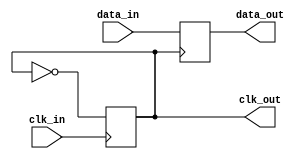
module pll_synchronizer (
    input wire clk_in,          // Incoming clock signal
    input wire data_in,         // Incoming data signal
    output reg data_out,        // Synchronized output data
    output reg clk_out          // Output clock signal
);

    // Parameters for the PLL
    parameter integer VCO_MAX_FREQ = 100; // Max frequency for VCO
    parameter integer VCO_MIN_FREQ = 10;   // Min frequency for VCO
    parameter integer LOOP_FILTER_GAIN = 1; // Gain for loop filter

    // Internal signals
    reg [7:0] phase_error;        // Phase error signal
    reg [7:0] control_voltage;     // Control voltage for VCO
    reg [7:0] vco_frequency;       // VCO frequency
    reg [7:0] sample_counter;      // Counter for sampling data
    reg [7:0] clk_divider;         // Clock divider

    // Phase Detector (PD)
    always @(posedge clk_in) begin
        // Simple phase detection logic
        if (data_in) begin
            phase_error <= phase_error + 1; // Increment error if data is high
        end else begin
            phase_error <= phase_error - 1; // Decrement error if data is low
        end
    end

    // Loop Filter (LF)
    always @(posedge clk_in) begin
        control_voltage <= control_voltage + (phase_error * LOOP_FILTER_GAIN);
        // Clamp control voltage to VCO frequency limits
        if (control_voltage > VCO_MAX_FREQ) begin
            control_voltage <= VCO_MAX_FREQ;
        end else if (control_voltage < VCO_MIN_FREQ) begin
            control_voltage <= VCO_MIN_FREQ;
        end
    end

    // Voltage-Controlled Oscillator (VCO)
    always @(posedge clk_in) begin
        // Adjust VCO frequency based on control voltage
        vco_frequency <= control_voltage;
        clk_out <= ~clk_out; // Toggle output clock
    end

    // Data Sampling Circuit
    always @(posedge clk_out) begin
        // Sample incoming data on the edges of the local clock
        data_out <= data_in;
    end

    // Output Buffer (optional)
    always @(posedge clk_out) begin
        // Buffer the sampled data
        // Additional synchronization stages can be added here
    end

endmodule